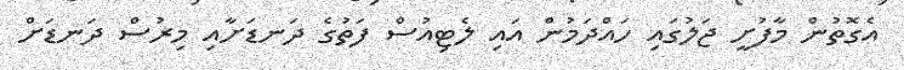
އެގޮތުން މާފުށީ ޖަލުގައި ހައްދަމުން އައި ލެޓިއުސް ފަތުގެ ދަނޑަށާއި މިރުސް ދަނޑަށް